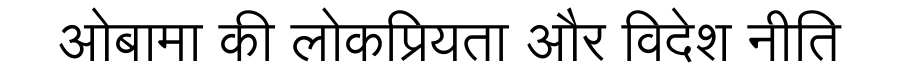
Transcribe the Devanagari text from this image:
ओबामा की लोकप्रियता और विदेश नीति